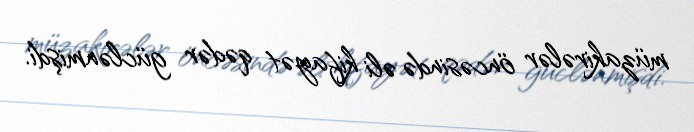
müzakirələr öncəsində əli kifayət qədər güclənmişdi.